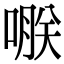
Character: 𠹻